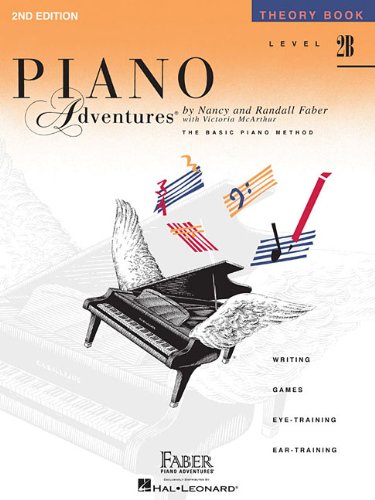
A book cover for Level 2B - Theory Book: Piano Adventures; Humor & Entertainment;